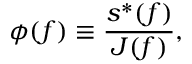
\phi ( f ) \equiv \frac { s ^ { * } ( f ) } { J ( f ) } ,